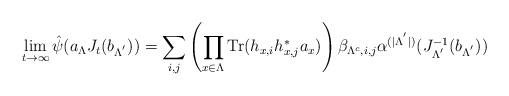
LaTeX: \begin{align*}\lim_{t\to\infty}\hat{\psi}(a_{\Lambda} J_t(b_{\Lambda^{'}})) = \sum_{i,j}\left(\prod_{x\in \Lambda}\mathrm{Tr}(h_{x,i}h^\ast_{x,j}a_x)\right)\beta_{\Lambda^c, i, j}\alpha^{(|\Lambda^{'}|)}(J^{-1}_{\Lambda^{'}}(b_{\Lambda^{'}}))\end{align*}